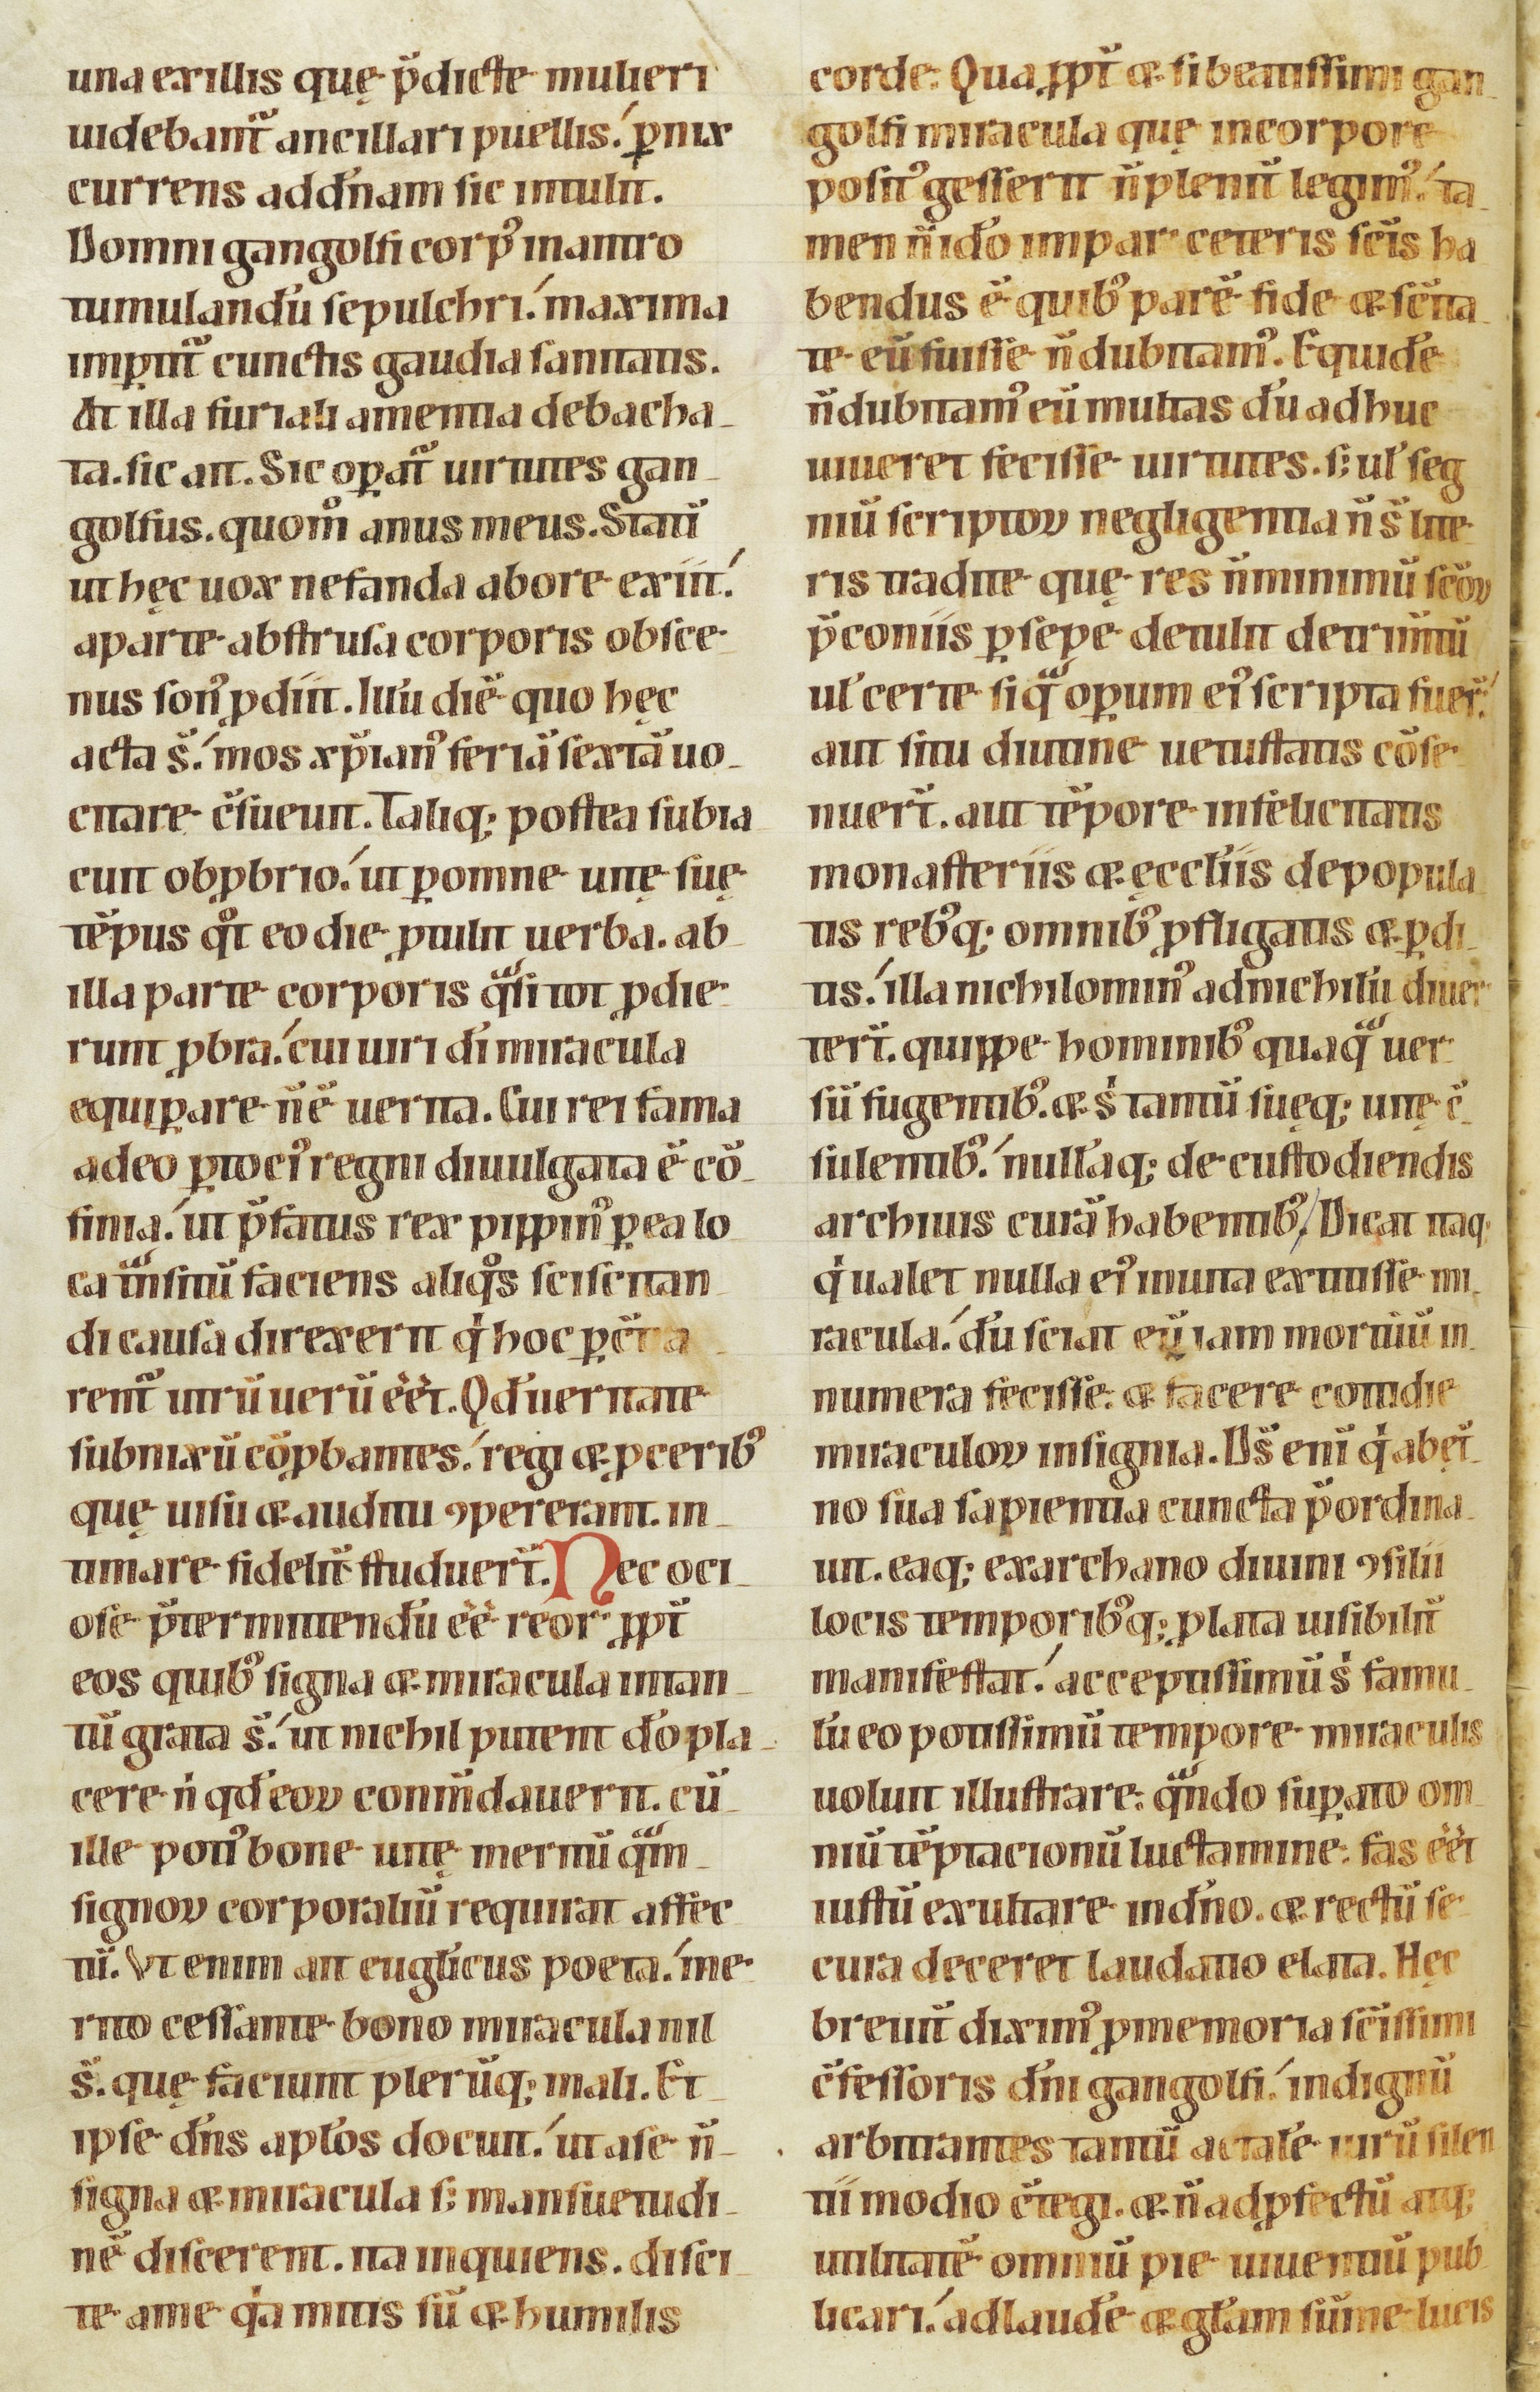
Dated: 1100–1199